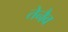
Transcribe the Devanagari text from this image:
तेनैव